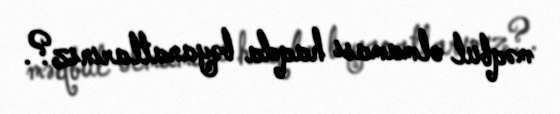
məqbul olmaması haqda bəyanatlarınız?.